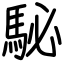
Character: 駜